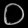
Digit: ၀